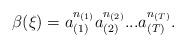
LaTeX: \begin{align*}\beta(\xi)=a_{(1)}^{n_{(1)}}a_{(2)}^{n_{(2)}}...a_{(T)}^{n_{(T)}}.\end{align*}